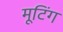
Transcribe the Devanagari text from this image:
मूटिंग